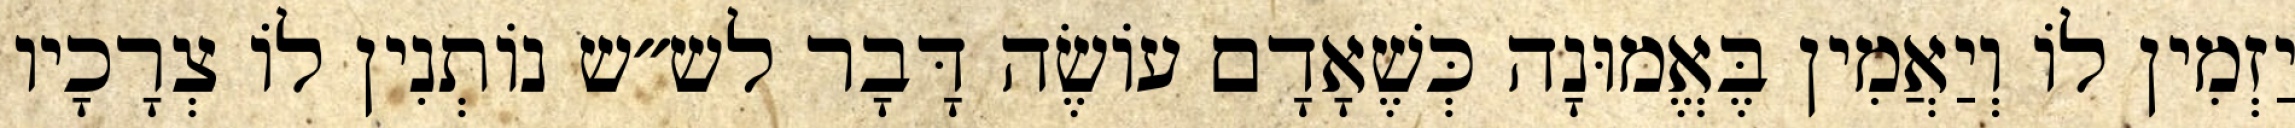
יַזְמִין לוֹ וְיַאֲמִין בֶּאֱמוּנָה כְּשֶׁאָדָם עוֹשֶׂה דָּבָר לש״ש נוֹתְנִין לוֹ צְרָכָיו